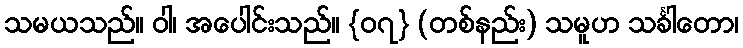
သမယသည်။ ဝါ၊ အပေါင်းသည်။ {၀၇} (တစ်နည်း) သမူဟ သင်္ခါတော၊